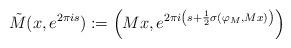
LaTeX: \begin{align*}\tilde{M}(x, e^{2\pi is}):=\left(Mx, e^{2\pi i\left(s+\frac{1}{2}\sigma(\varphi_{M},Mx)\right)}\right)\end{align*}